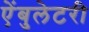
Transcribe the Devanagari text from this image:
ऐंबुलेटरी